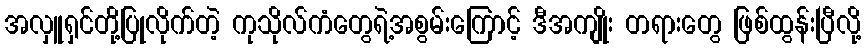
အလှူရှင်တို့ပြုလိုက်တဲ့ ကုသိုလ်ကံတွေရဲ့အစွမ်းကြောင့် ဒီအကျိုး တရားတွေ ဖြစ်ထွန်းပြီလို့